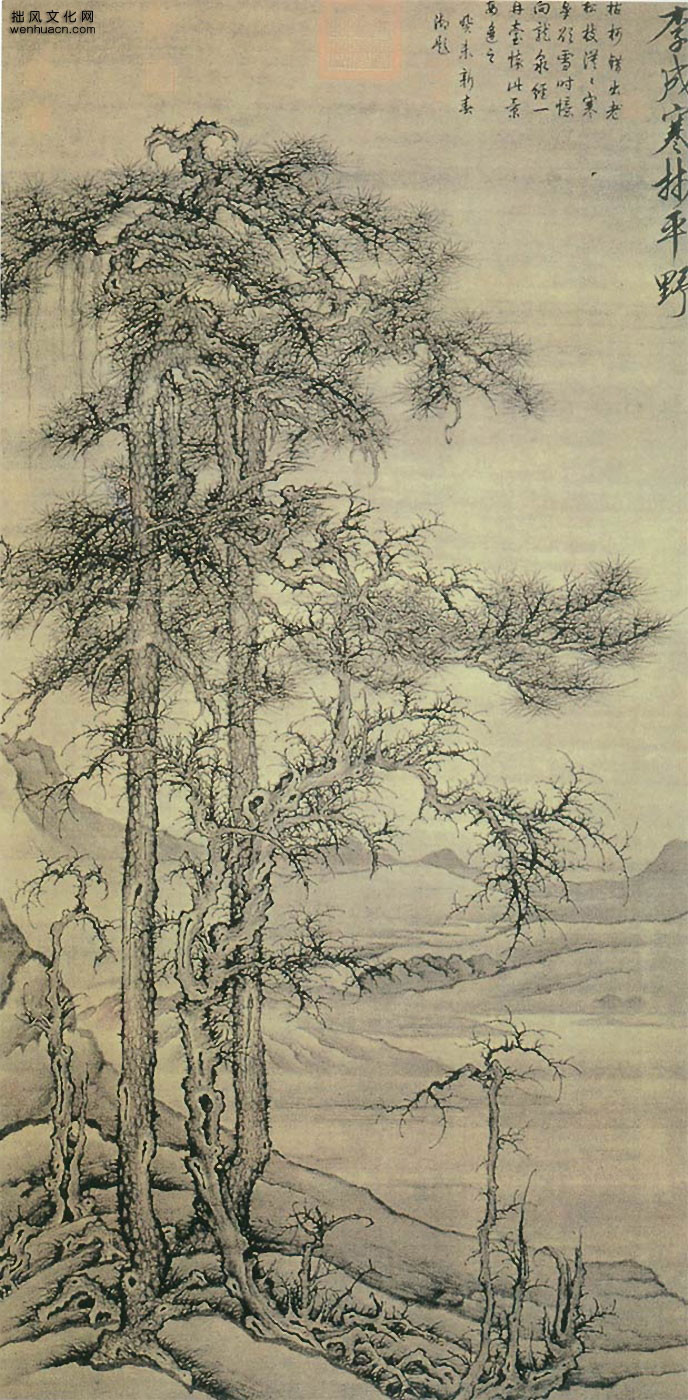
朔风吹雪透刀瘢，饮马长城窟更寒。